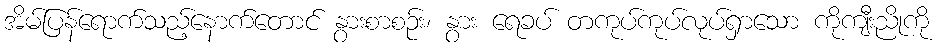
အိမ်ပြန်ရောက်သည့်နောက်တောင် နွားစာစဉ်း၊ နွား ရေခပ် တကုပ်ကုပ်လုပ်ရှာသော ကိုကျီးညိုကို